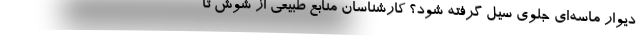
دیوار ماسه‌ای جلوی سیل گرفته شود؟ کارشناسان منابع طبیعی از شوش تا